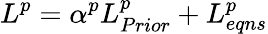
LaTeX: {{L}^{p}}=\alpha^{p}L_{Prior}^{p}+L_{eqns}^{p}